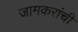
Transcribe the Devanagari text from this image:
जामकरांची